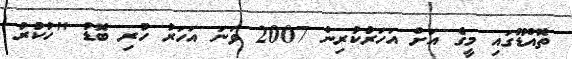
ތޮއްޑޫގައި މީގެ އަށް އަހަރުކުރިން 2007 ވަނަ އަހަރު ހުރި ބޮޑު "ހުކުރު